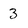
Character: 3